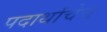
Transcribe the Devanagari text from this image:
पदार्थांचेच